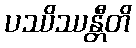
ပဿိဿန္တီတိ